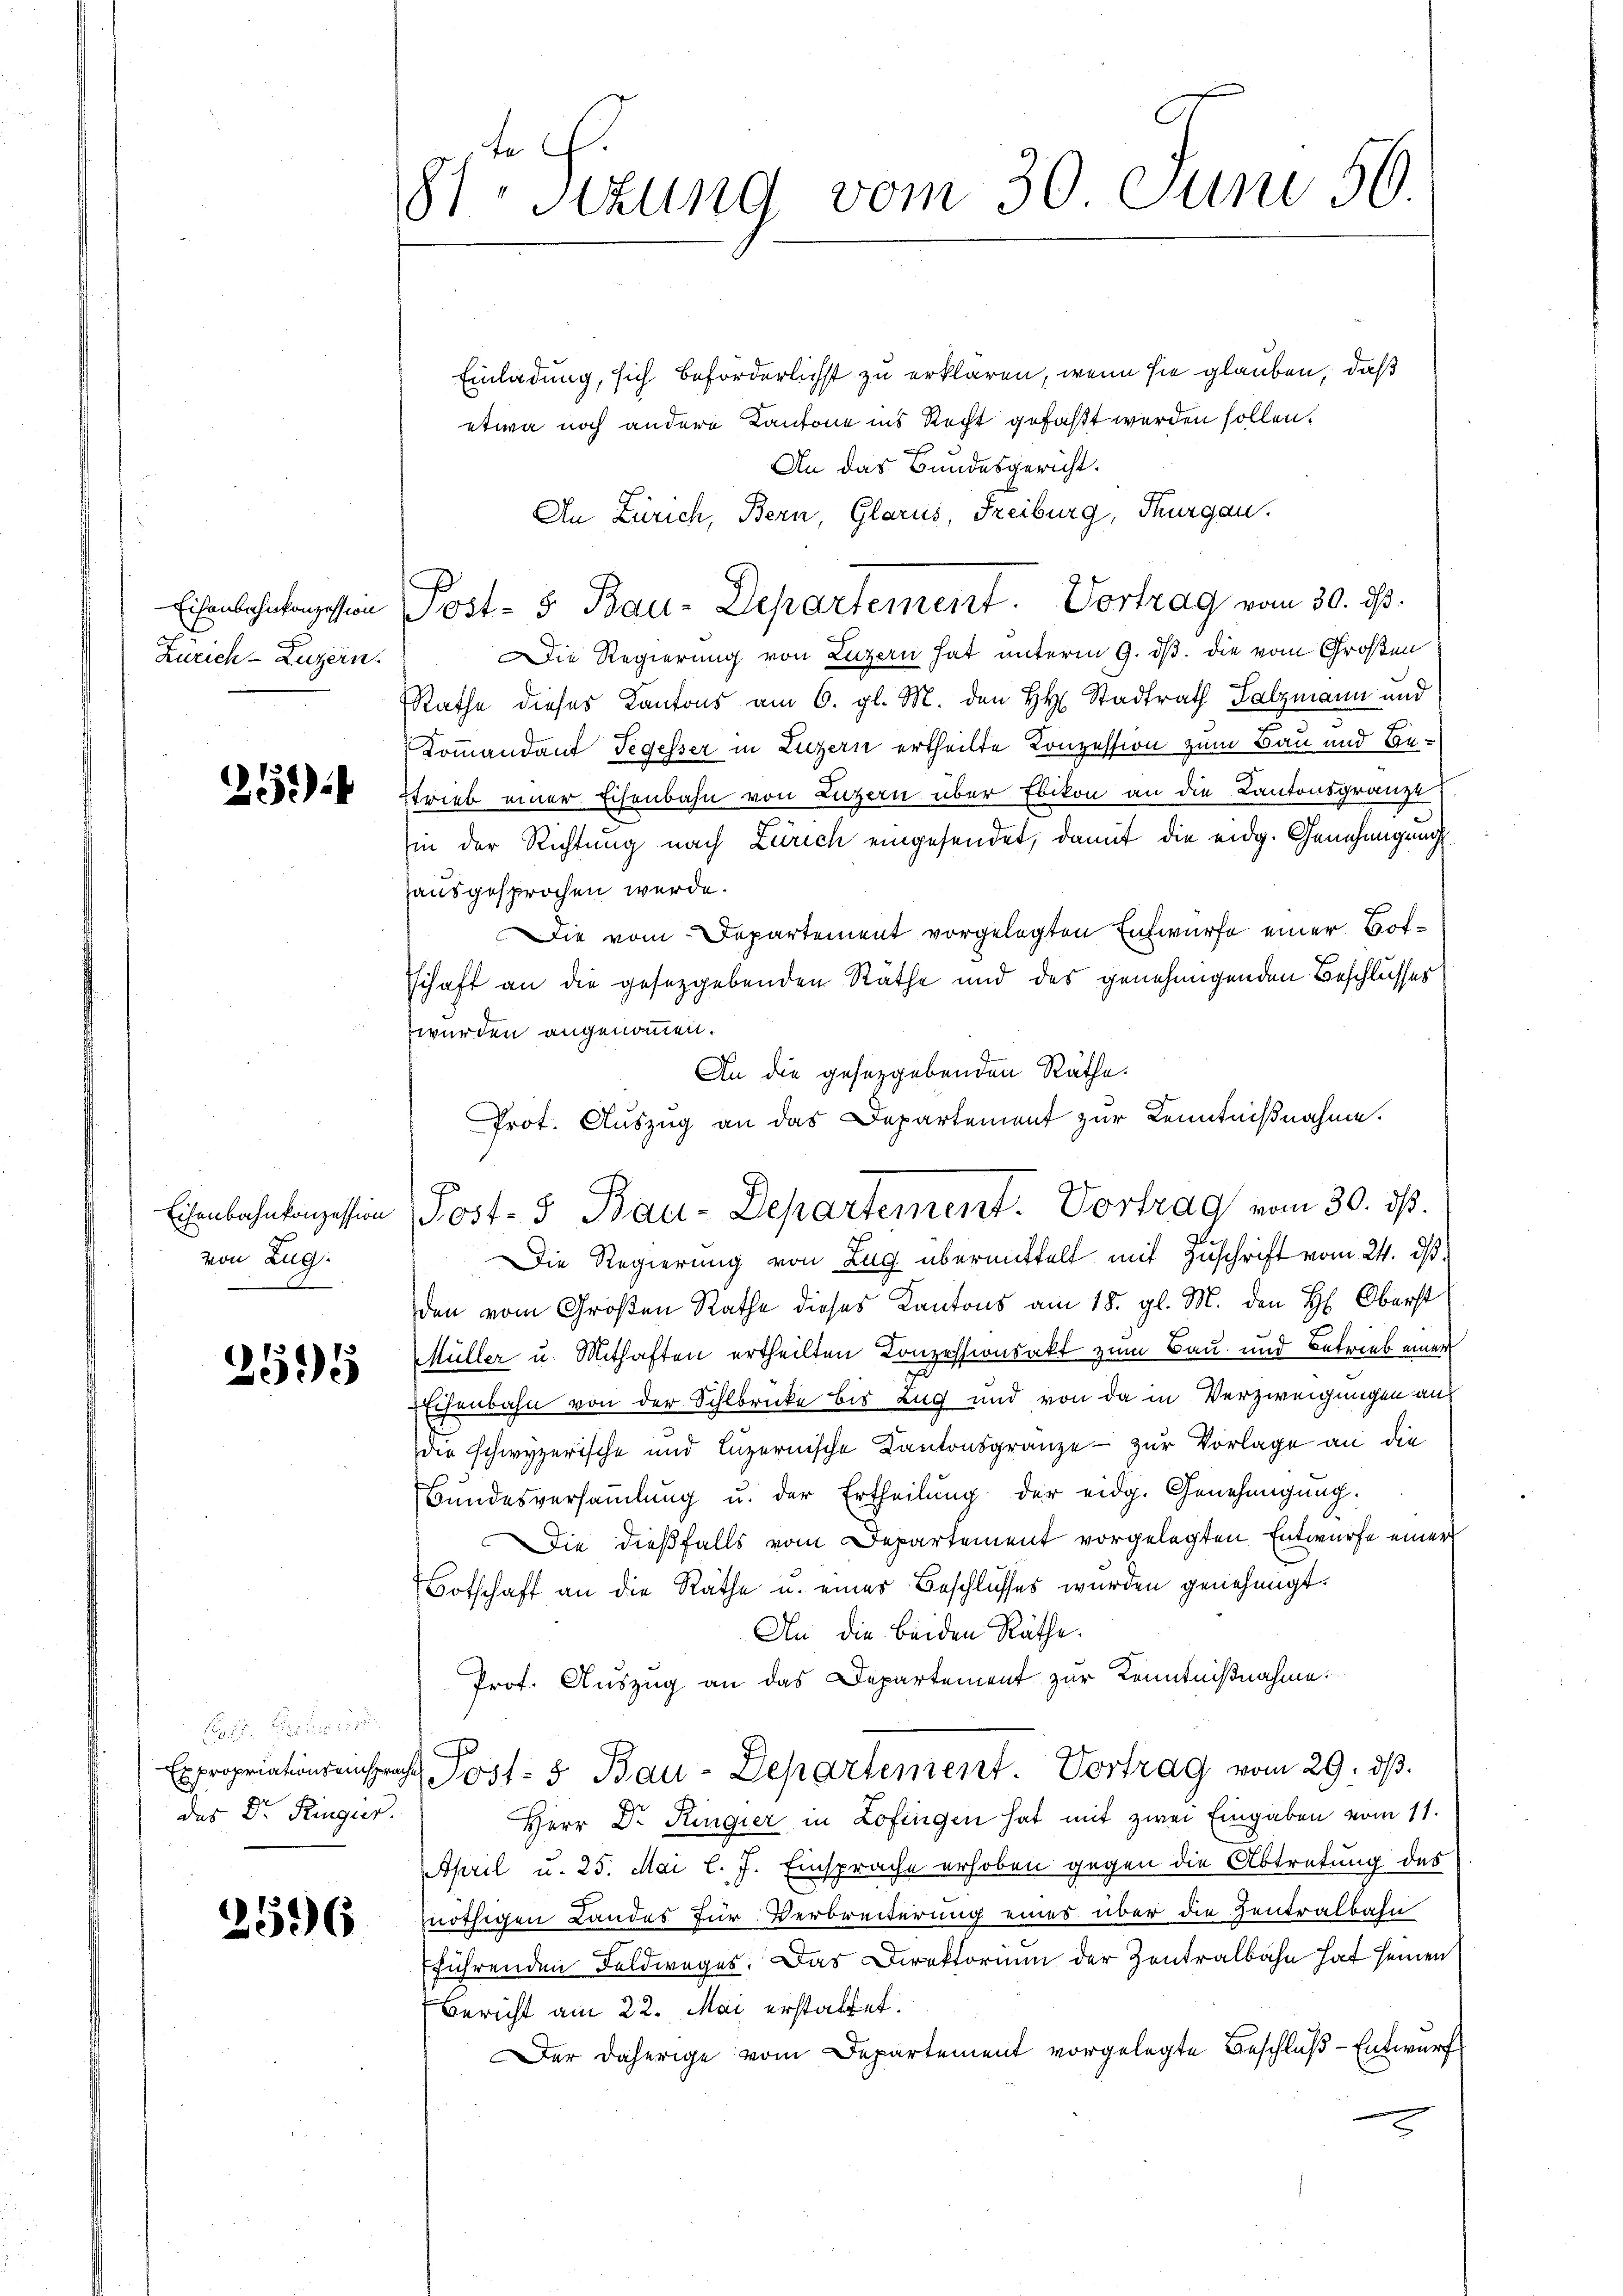
8te Sizung vom 30. Juni 50.

Einladung, sich beforderlichst zu erklären, wenn sie glauben, daß
etwa noch andere Kantone ins Recht gefaßt werden sollen.
An das Bundesgericht.
An Zürich, Bern, Glarus, Freiburg, Thurgau.
Die Regierung von Luzern hat unterm 9. ds. die vom Großen
Rathe dieses Kantons am 6. gl. M. den H. Stadtrath Salzmann und
Kommandant Tegesser in Luzern ertheilte Konzession zum Bau und Bestrieb einer Eisenbahn von Luzern über Ebikon an die Kantonsgränze
in der Richtung nach Zürich eingesendet, damit die eidg. Genehmigung
ausgesprochen werde.
Die vom Departement vorgelegten Entwurfe einer Botschaft an die gesetzgebenden Räthe und des genehmigenden Beschlusses
wurden angenommen.
An die geseggebenden Räthe.
Prot. Auszug an das Departement zur Kenntnißnahme.
Die Regierung von Zug übermittelt mit Zuschrift vom 24. ds.
den vom Großen Rathe dieses Kantons am 18. gl. M. den H. Oberst
Müller u. Mithaften ertheilten Conzessionsakt zum Bau und Betrieb einer
Eisenbahn von der Sihlbrücke bis Zug und von da in Verzweigungen auf
die schwyzerische und Luzernische Kantonsgränze - zur Vorlage an die
Bundesversammlung u. der Ertheilung der eidg. Genehmigung.
Die dießfalls vom Departement vorgelegten Entwurfe einer
Botschaft an die Räthe u. eines Beschlusses wurden genehmigt.
An die beiden Räthe.
Prof. Auszug an das Departement zur Kenntnißnahme.
Expropriationsansprach Post- u Bau-Departement. Vortrag vom 29. dβ.
Herr Dr. Ringier in Zofingen hat mit zwei Eingaben vom 11.
April u. 25. Mai l. J. Einsprache erhoben gegen die Abtretung des
nöthigen Landes für Verbreiterung eines über die Zentralbahn
fführenden Feldweges. Das Direktorium der Zentralbahn hat seinen
Bericht am 22. Mai erstattet.
Der daherige vom Departement vorgelegte Beschluß - Entwurf
2

Eisenbahntagessen Post- & Bau-Departement. Vortrag vom 30. ds.

Zürich–Luzern.

252)

Eisenbahnkonzession Post- & Bau-Departement. Vortrag vom 30. ds.

von Zug.

2595

B. Braun ist.
das Dr. Ringier.

2596